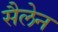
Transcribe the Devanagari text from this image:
सैलेन